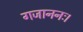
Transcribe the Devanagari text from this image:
गजाननः।